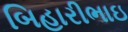
બિહારીભાઇ